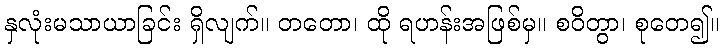
နှလုံးမသာယာခြင်း ရှိလျက်။ တတော၊ ထို ရဟန်းအဖြစ်မှ။ စဝိတွာ၊ စုတေ၍။